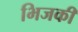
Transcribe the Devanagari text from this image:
भिजकी